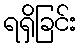
ရရှိခြင်း